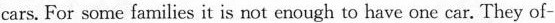
cars. For some families it is not enough to have one car. They of-